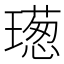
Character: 𤩿